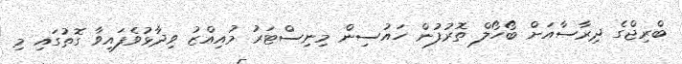
ބްރިޖްގެ ދިރާސާއަށް ބޯހޯލް ތޮރުފުން ހައުސިން މިނިސްޓަރު މުއިއްޒު ވިދާޅުވެފައިވާ ގޮތުގައި މި